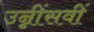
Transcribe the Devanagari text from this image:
उन्नींसवीं